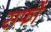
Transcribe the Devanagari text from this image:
सफों